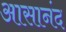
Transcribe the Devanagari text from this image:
आसानंद